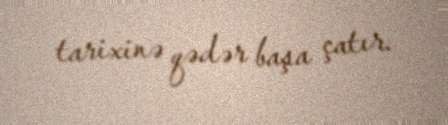
tarixinə qədər başa çatır.